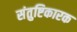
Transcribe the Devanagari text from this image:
संतुष्टिकारक